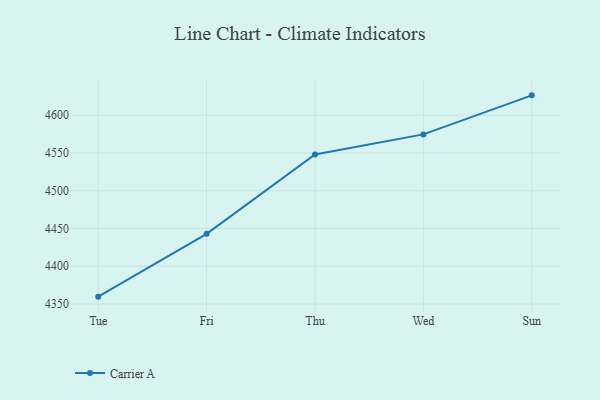
{"axis": {"x": "Day", "y": "Churn Rate (%)"}, "legend": ["Carrier A"], "data": [{"x": "Tue", "y": 4359.8, "type": "Carrier A"}, {"x": "Fri", "y": 4443.0, "type": "Carrier A"}, {"x": "Thu", "y": 4548.1, "type": "Carrier A"}, {"x": "Wed", "y": 4574.6, "type": "Carrier A"}, {"x": "Sun", "y": 4626.3, "type": "Carrier A"}]}